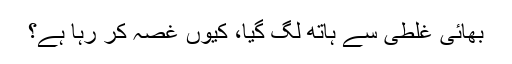
بھائی غلطی سے ہاتھ لگ گیا، کیوں غصہ کر رہا ہے؟